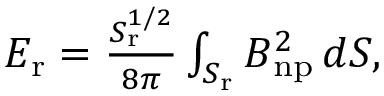
\begin{array} { r } { E _ { \mathrm { r } } = \frac { S _ { \mathrm { r } } ^ { 1 / 2 } } { 8 \pi } \int _ { S _ { \mathrm { r } } } B _ { \mathrm { n p } } ^ { 2 } \, d S , } \end{array}